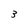
Character: 3